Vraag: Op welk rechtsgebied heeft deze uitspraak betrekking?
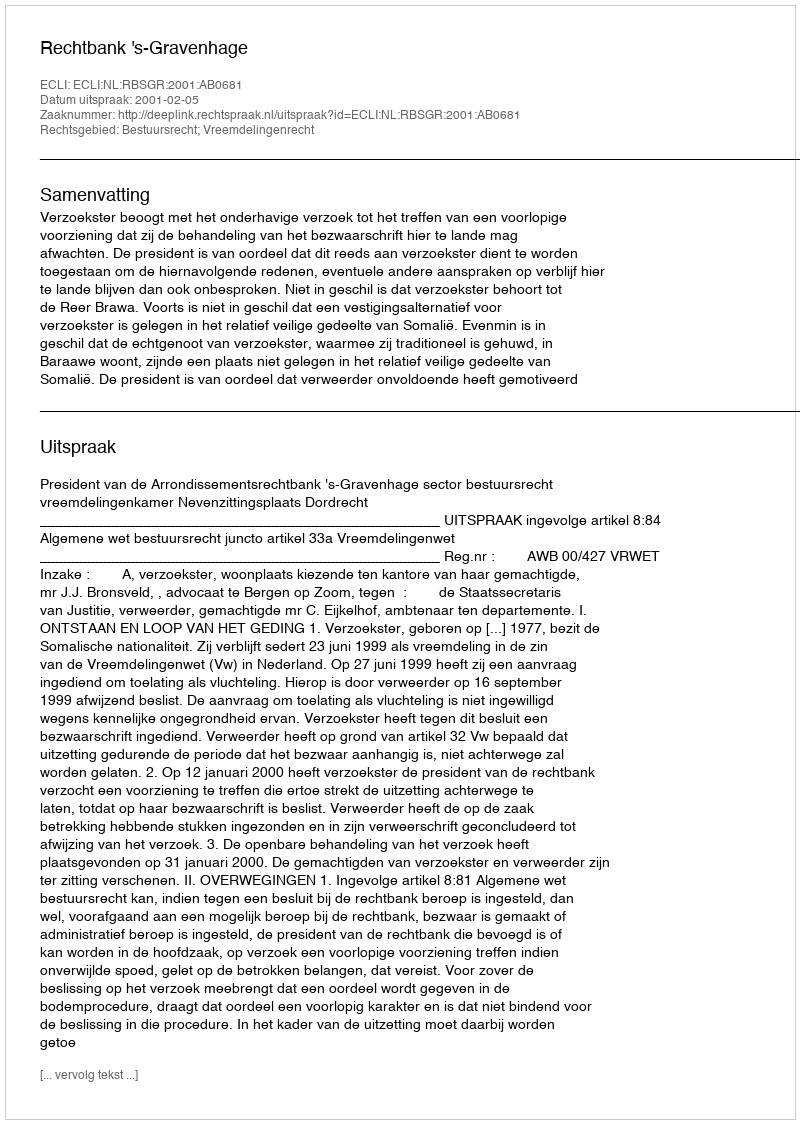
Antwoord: Bestuursrecht; Vreemdelingenrecht